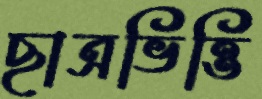
ছাত্রভিত্তি